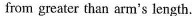
from greater than arm's length.